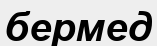
бермед